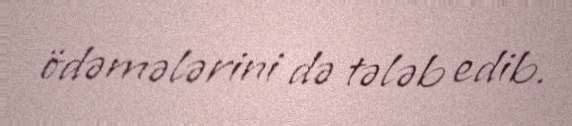
ödəmələrini də tələb edib.